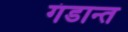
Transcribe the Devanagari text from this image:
गंडान्त